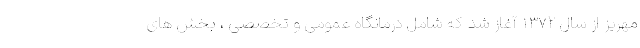
مهریز از سال ۱۳۷۲ آغاز شد که شامل درمانگاه عمومی و تخصصی ، بخش های